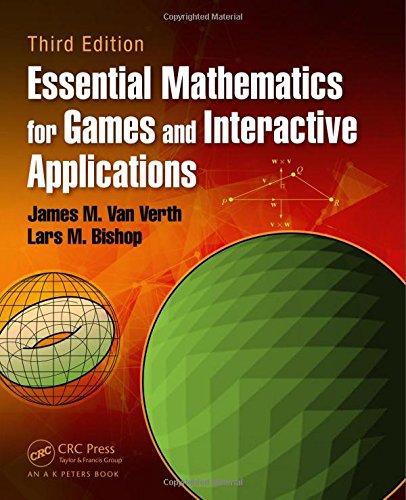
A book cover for Essential Mathematics for Games and Interactive Applications, Third Edition; James M. Van Verth; Computers & Technology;